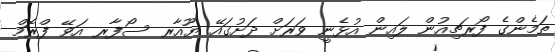
ތަމެންގެ ފޯރޗިއުން ލައިން އުޅެނީ ވަރަށް ދަށުގައޭ ޔޫއާރ ސޯފާރ އަވޭ ފްރޮމް